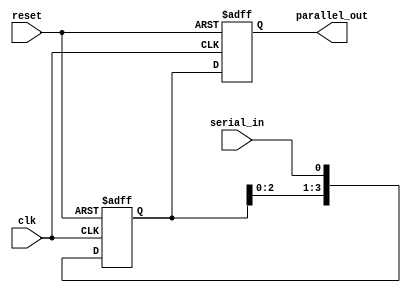
`timescale 1ns / 1ps
//////////////////////////////////////////////////////////////////////////////////
// Company: 
// Engineer: 
// 
// Design Name: 
// Module Name: sipo_shift_register
// Project Name: 
// Target Devices: 
// Tool Versions: 
// Description: 
// 
// Dependencies: 
// 
// Revision:
// Revision 0.01 - File Created
// Additional Comments:
// 
//////////////////////////////////////////////////////////////////////////////////



module sipo_shift_register (
  input wire clk,      
  input wire reset,     
  input wire serial_in, 
  output reg [3:0] parallel_out 
);
     reg [3:0] shift_register;
    always @(posedge clk or posedge reset) begin
    if (reset) 
        begin
            shift_register <= 4'b0000;
        end 
    else 
        begin
            shift_register <= {shift_register[2:0], serial_in};
        end
    end
   // Assign parallel output inside the always block
    always @(posedge clk or posedge reset) begin
    if (reset) 
        begin
            parallel_out <= 4'b0000;
        end 
    else 
        begin
            parallel_out <= shift_register;
        end
    end
 
endmodule